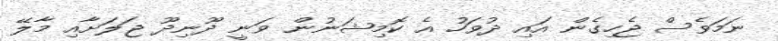
ނަމަވެސް ޖެހިގެން އައި ދުވަހު އެ ކޮމިޝަނުން ވަނީ ދޫނިދޫ ޖަލަށާއި މާލޭ